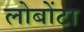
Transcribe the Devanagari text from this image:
लोबोंटा